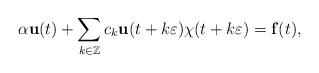
\begin{align*}\alpha \mathbf{u}(t)+\sum_{k\in\mathbb{Z}}c_k\mathbf{u}(t+k\varepsilon)\chi(t+k\varepsilon)=\mathbf{f}(t),\end{align*}